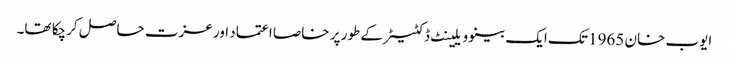
ایوب خان 1965 تک ایک بینوویلینٹ ڈکٹیٹر کے طور پر خاصا اعتماد اور عزت حاصل کرچکا تھا۔